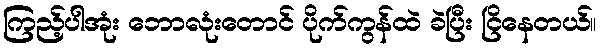
ကြည့်ပါအုံး ဘောလုံးတောင် ပိုက်ကွန်ထဲ ခဲပြီး ငြိနေတယ်။